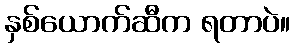
နှစ်ယောက်ဆီက ရတာပဲ။